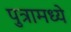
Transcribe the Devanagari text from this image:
पुत्रामध्ये